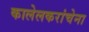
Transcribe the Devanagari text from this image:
कालेलकरांचेना